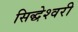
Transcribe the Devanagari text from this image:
सिद्धेश्‍वरी